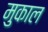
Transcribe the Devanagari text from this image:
मुकाल